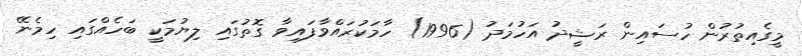
މީގެއިތުރުން ހުސައިން ރަޝީދު އަހުމަދު (1996) ހާމަކުރައްވާފައިވާ ގޮތުގައި ލިޔުމަކީ ބަހެއްގައި ހިމެނޭ